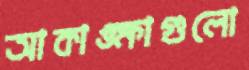
আকাঙ্ক্ষাগুলো